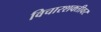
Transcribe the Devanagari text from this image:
विचारशक्तीवर